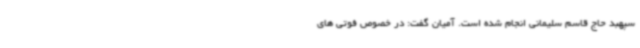
سپهبد حاج قاسم سلیمانی انجام شده است. آمیان گفت: در خصوص فوتی های